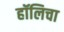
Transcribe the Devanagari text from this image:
हॉलिचा